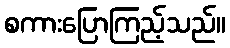
စကားပြောကြည့်သည်။